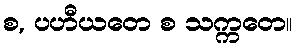
စ, ပဟီယတေ စ သက္ကတေ။